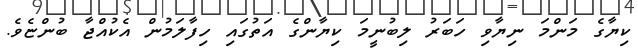
ކިޔާގެ މަންމަ ނިޔާވި ހަބަރު ލިބުނީމަ ކިޔާންގެ އަތުގައި ހިފާލަމުން އެކުއްޖާ ބުންޏެވެ.